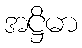
အဋ္ဌိမာ